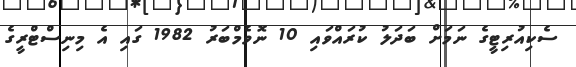
ސެކިއުރިޓީގެ ނަމަށް ބަދަލު ކުރައްވައި 10 ނޮވެމްބަރު 1982 ގައި އެ މިނިސްޓްރީގެ